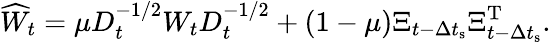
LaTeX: \widehat{W}_{t}=\mu D_{t}^{-1/2}W_{t}D_{t}^{-1/2}+\left(1-\mu\right)\Xi_{t-\Delta t_{\textrm{s}}}\Xi_{t-\Delta t_{\textrm{s}}}^{\textrm{T}}.